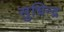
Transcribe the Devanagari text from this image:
सुधिन्द्र